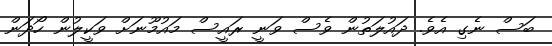
ބަސް ނެގި އެވެ. ދައުލަތުން ވެސް ވަނީ ރައީސް މައުމޫނަށް ވަކީލުން ހޯދަން